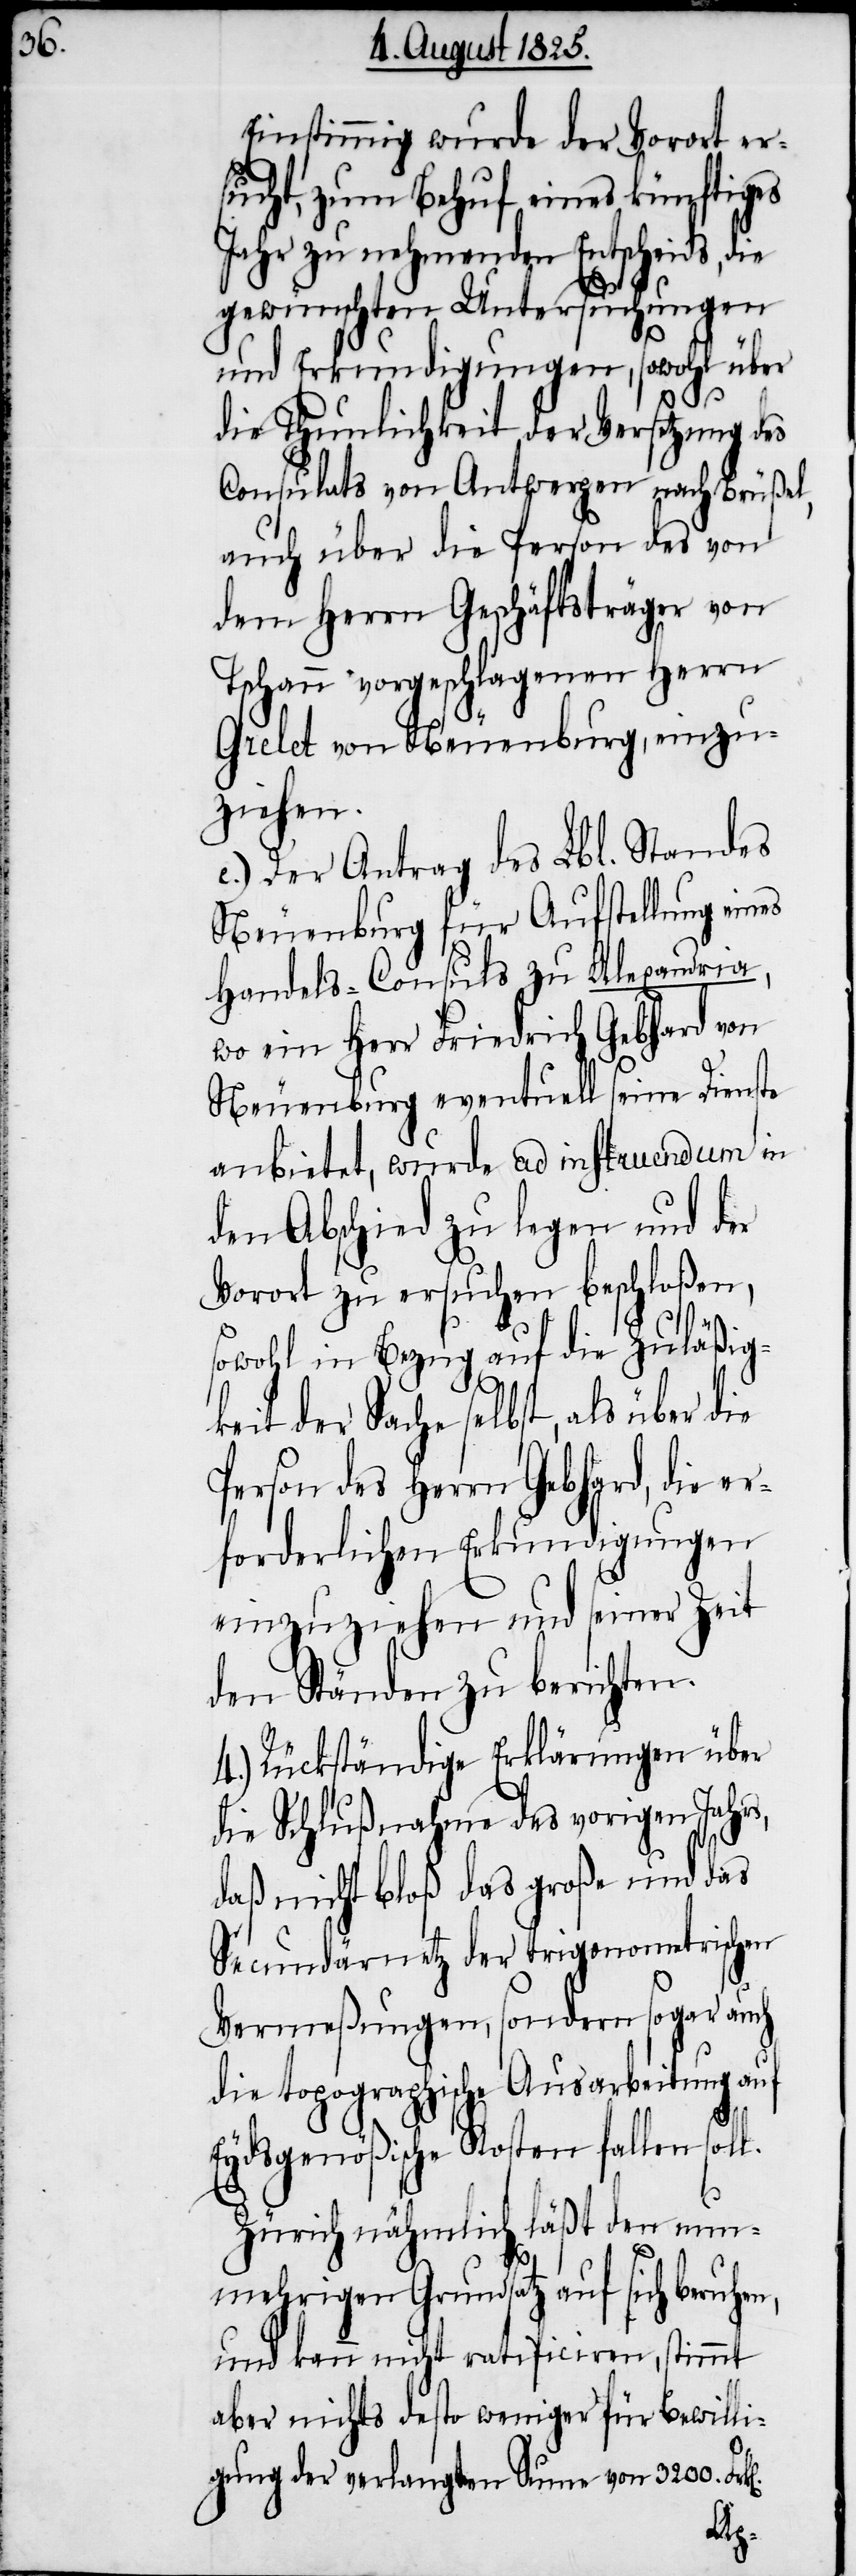
Einstimmig wurde der Vorort er¬
sucht, zum Behuf eines künftiges
zu nehmenden Entscheids,
gewünschten Untersuchungen
und Erkundigungen, sowohl über
die Thunlichkeit der Versetzung des
Consulats von Antwerpen nach Brüßel,
auch über die Person des von
dem Herrn Geschäftsträger von
Tschann vorgeschlagenen Herrn
Grelet von Neuenburg, einzu¬
ziehen.
e.) Der Antrag des Lbl. Standes
Neuenburg für Aufstellung eines
Handels-Consuls zu Alexandria,
wo ein Herr Friedrich Gebhard von
Neuenburg eventuell seine Dienste
anbietet, wurde ad instruendum in
den Abschied zu legen und der
Vorort zu ersuchen beschloßen,
sowohl in Bezug auf die Zuläßig¬
keit der Sache selbst, als über die
Person des Herrn Gebhard, die er¬
forderlichen Erkundigungen
einzuziehen und seiner Zeit
den Ständen zu berichten.
4.) Rückständige Erklärungen über
die Schlußnahme des vorigen Jahrs,
daß nicht bloß das große und das
Secundärnetz der trigonometrischen
Vermeßungen, sondern sogar auch
die topographische Ausarbeitung auf
Eydsgenößische Kosten fallen soll.
Zürich nähmlich läßt den nun¬
mehrigen Grundsatz auf sich beruhen,
und kann nicht ratificiren, stimmt
aber nichts desto weniger für Bewilli¬
gung der verlangten Summe von 3200. Fr¬
k[en].